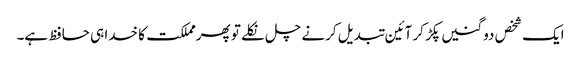
ایک شخص دو گنیں پکڑ کر آئین تبدیل کرنے چل نکلے تو پھرمملکت کا خدا ہی حافظ ہے۔